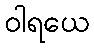
ဝါရယေ